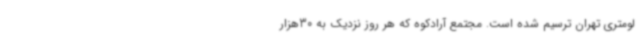
لومتری تهران ترسیم شده است. مجتمع آرادکوه که هر روز نزدیک به 30‌هزار